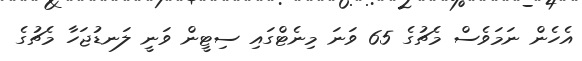
އެހެން ނަމަވެސް މެޗުގެ 65 ވަނަ މިނެޓްގައި ސިޓީން ވަނީ ލަނޑުޖަހާ މެޗުގެ